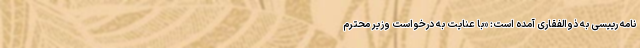
نامه رییسی به ذوالفقاری آمده است: «با عنایت به درخواست وزیر محترم